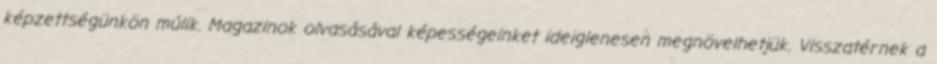
képzettségünkön múlik. Magazinok olvasásával képességeinket ideiglenesen megnövelhetjük. Visszatérnek a